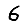
Digit: 6